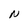
Character: N